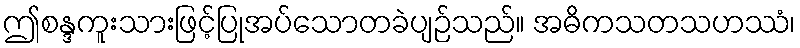
ဤစန္ဒကူးသားဖြင့်ပြုအပ်သောတခဲပျဉ်သည်။ အဓိကသတသဟဿံ၊